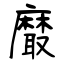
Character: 黀